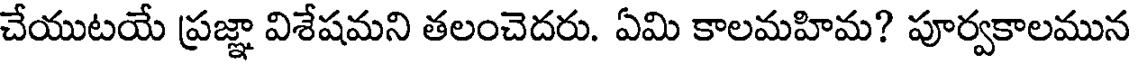
చేయుటయే ప్రజ్ఞా విశేషమని తలంచెదరు. ఏమి కాలమహిమ? పూర్వకాలమున